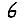
Digit: 6